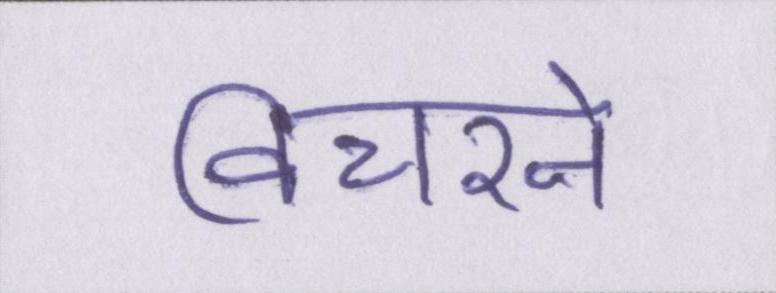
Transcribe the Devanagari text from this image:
विचरने